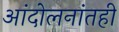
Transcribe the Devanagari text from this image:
आंदोलनांतही